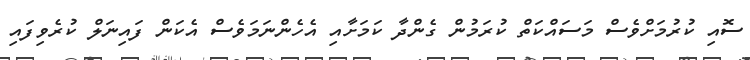
ސޮއި ކުުރުމަށްވެސް މަސައްކަތް ކުރަމުން ގެންދާ ކަމަށާއި އެހެންނަމަވެސް އެކަން ފައިނަލް ކުރެވިފައި